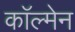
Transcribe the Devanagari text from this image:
काॅल्मेन